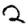
Digit: 2